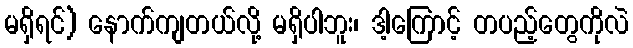
မရှိရင်) နောက်ကျတယ်လို့ မရှိပါဘူး၊ ဒါ့ကြောင့် တပည့်တွေကိုလဲ